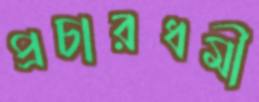
প্রচারধর্মী